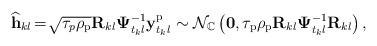
LaTeX: \begin{align*} {{{\bf{\widehat h}}}_{kl}} \!=\! \sqrt {{\tau _p}{\rho _{\rm{p}}}} {{\bf{R}}_{kl}}{\bf{\Psi }}_{{t_k}l}^{ - 1}{\bf y}_{{t_k}l}^{\rm{p}} \sim {\cal N}_{\mathbb C}\left({ {\bf 0},{\tau _{\rm{p}}}{\rho _{\rm{p}}}{{\bf{R}}_{kl}}{\bf{\Psi }}_{{t_k}l}^{ - 1}{{\bf{R}}_{kl}} }\right),\end{align*}